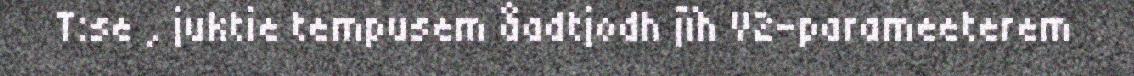
T:se , juktie tempusem åadtjodh jïh V2-parameeterem